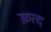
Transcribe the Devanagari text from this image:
क़त्द